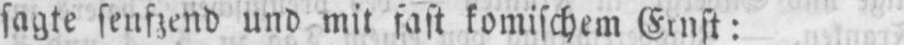
sagte seufzend und mit fast komischem Ernst: